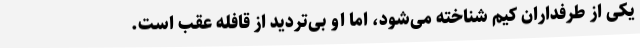
یکی از طرفداران کیم شناخته می‌شود، اما او بی‌تردید از قافله عقب است.